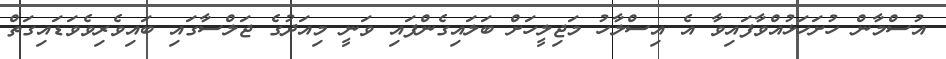
އުސްމާން ހުށަހަޅުއްވާފައިވާ އެ އިސްލާހު މަޖިލީހަށް ބަލައިގެންފައި ވަނީ މިއަދުގެ ޖަލްސާގައި ބައިވެރިވެވަޑައިގަތް